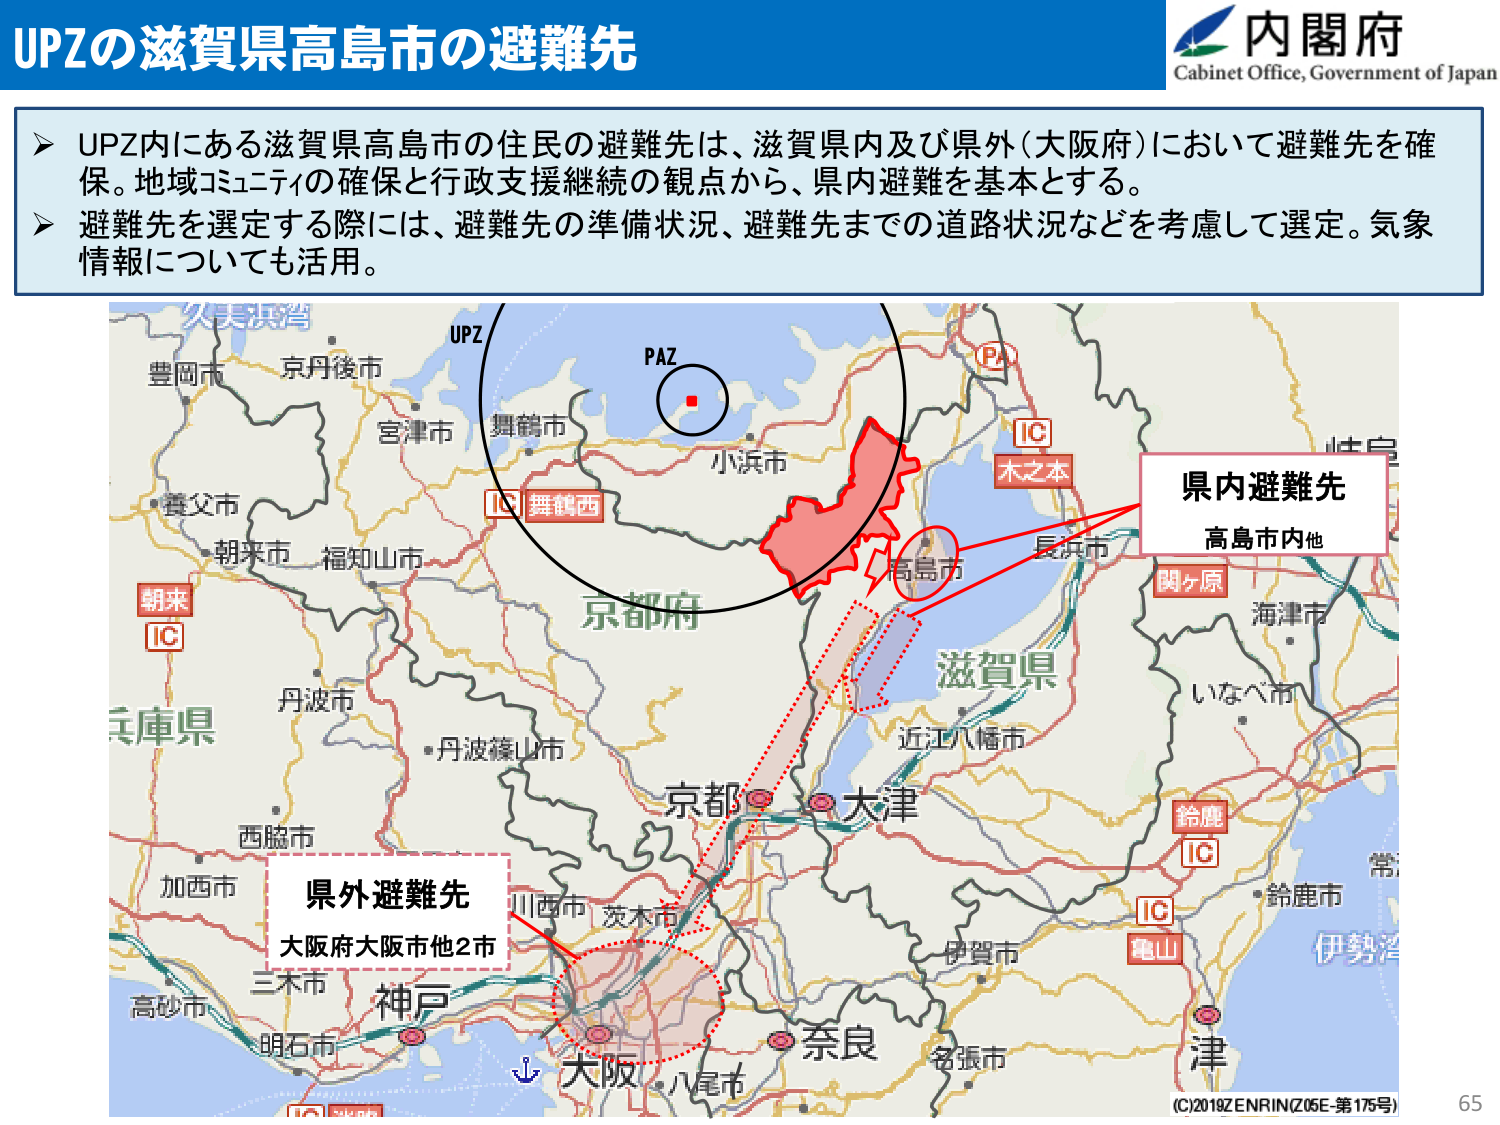
UPZの滋賀県高島市の避難先

内閣府
Cabinet Office, Government of Japan

➤ UPZ内にある滋賀県高島市の住民の避難先は、滋賀県内及び県外（大阪府）において避難先を確保。地域コミュニティの確保と行政支援継続の観点から、県内避難を基本とする。
➤ 避難先を選定する際には、避難先の準備状況、避難先までの道路状況などを考慮して選定。気象情報についても活用。

久美浜湾
豊岡市 京丹後市
宮津市 舞鶴市
PAZ
小浜市
IC 舞鶴西
京都府
丹波市
丹波篠山市
西脇市
加西市
三木市
高砂市
明石市
神戸
大阪
八尾市
奈良
名張市
伊賀市
近江八幡市
滋賀県
長浜市
高島市
木之本
IC
関ヶ原
海津市
いなべ市
鈴鹿
IC
亀山
IC
津
伊勢湾
朝来
IC
県内避難先
高島市内他
県外避難先
大阪府大阪市他2市
UPZ
PA
川西市 茨木市
京都 大津
(C)2019ZENRIN(Z06E-第175号)
65